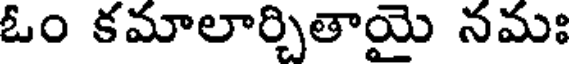
ఓం కమాలార్చితాయై నమః